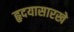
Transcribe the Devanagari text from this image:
हृदयासारखे